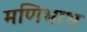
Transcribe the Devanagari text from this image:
मणिभाभ